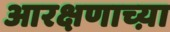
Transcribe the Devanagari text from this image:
आरक्षणाच्य़ा